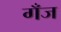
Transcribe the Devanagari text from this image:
गँज